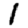
Digit: 1